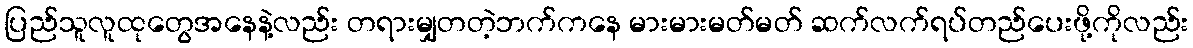
ပြည်သူလူထုတွေအနေနဲ့လည်း တရားမျှတတဲ့ဘက်ကနေ မားမားမတ်မတ် ဆက်လက်ရပ်တည်ပေးဖို့ကိုလည်း